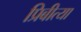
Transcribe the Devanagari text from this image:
प्रिबीत्या